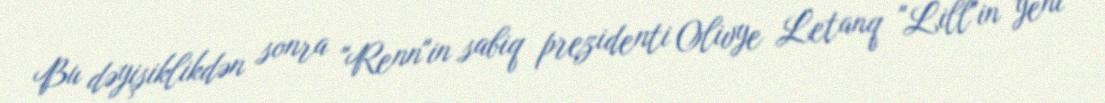
Bu dəyişiklikdən sonra "Renn"in sabiq prezidenti Olivye Letanq "Lill"in yeni